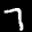
Label: 7